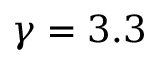
\gamma = 3 . 3